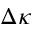
\Delta \kappa